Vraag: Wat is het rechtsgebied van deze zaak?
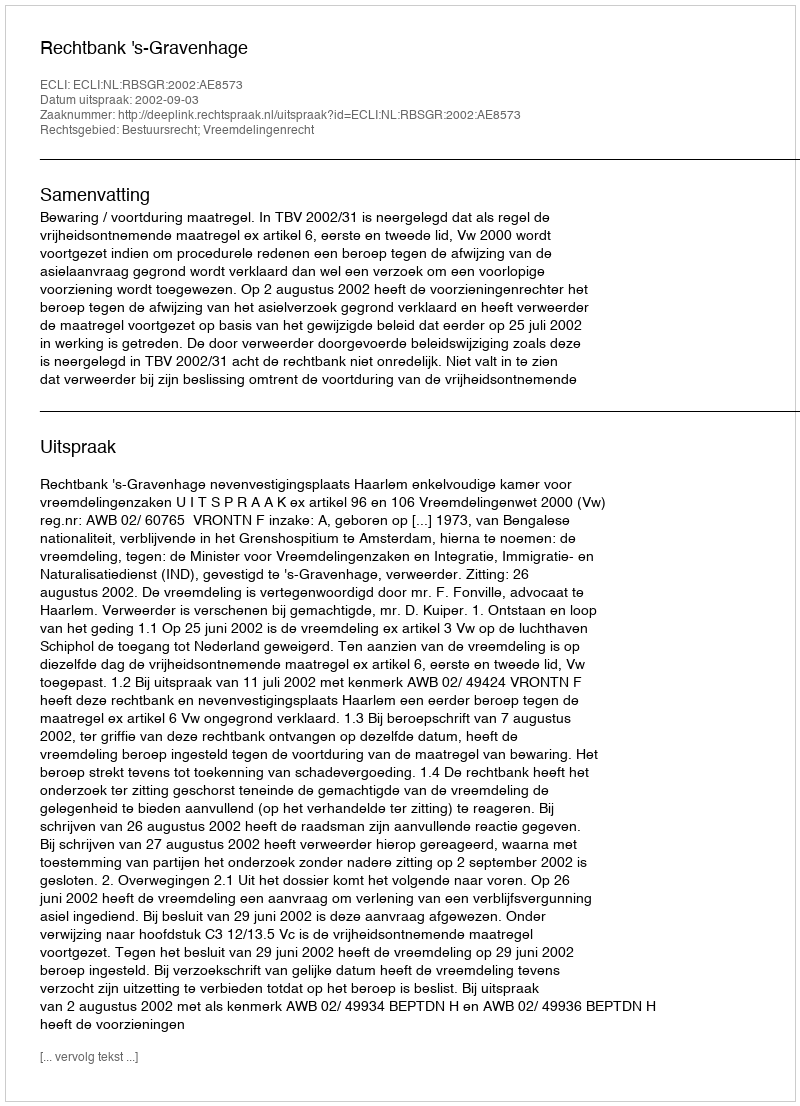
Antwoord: Bestuursrecht; Vreemdelingenrecht